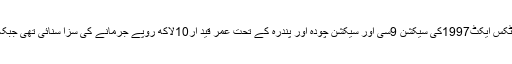
یاد رہے کہ انسداد منشیات راولپنڈی کی خصوصی عدالت نے21جولائی 2018کو نارکوٹکس ایکٹ1997کی سیکشن 9سی اور سیکشن چودہ اور پندرہ کے تحت عمر قید ار10لاکھ روپے جرمانے کی سزا سنائی تھی جبکہ سیکشن 16کے تحت اسے 1سال قیداور5ہزار روپے جرمانے کی سزا سنائی گئی تھی ۔